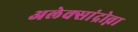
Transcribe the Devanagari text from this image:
अलेक्सांद्रोव्ना